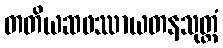
တတိယဆဖဿာယတနသုတ္တံ